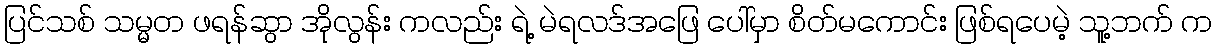
ပြင်သစ် သမ္မတ ဖရန်ဆွာ အိုလွန်း ကလည်း ရဲ့ မဲရလဒ်အဖြေ ပေါ်မှာ စိတ်မကောင်း ဖြစ်ရပေမဲ့ သူ့ဘက် က